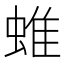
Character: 蜼